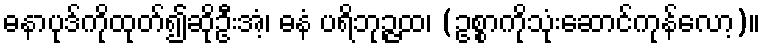
ဓနာပုဒ်ကိုထုတ်၍ဆိုဦးအံ့၊ ဓနံ ပရိဘုဉ္ဇထ၊ (ဥစ္စာကိုသုံးဆောင်ကုန်လော့)။